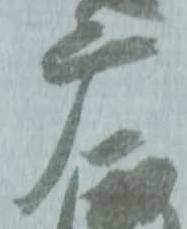
摩